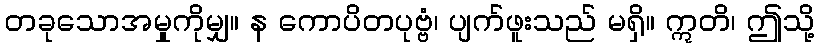
တခုသောအမှုကိုမျှ။ န ကောပိတပုဗ္ဗံ၊ ပျက်ဖူးသည် မရှိ။ ဣတိ၊ ဤသို့